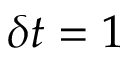
\delta t = 1